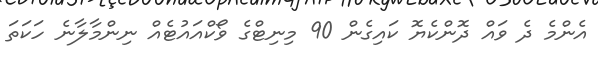
އެންމެ ދެ ވައް ދޮންކެޔޮ ކައިގެން 90 މިނިޓްގެ ވޯކްއައުޓެއް ނިންމާލާނެ ހަކަތަ